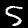
Label: 5